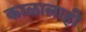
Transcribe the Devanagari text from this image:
काळालाही